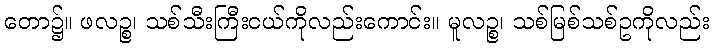
တော၌။ ဖလဉ္စ၊ သစ်သီးကြီးငယ်ကိုလည်းကောင်း။ မူလဉ္စ၊ သစ်မြစ်သစ်ဥကိုလည်း